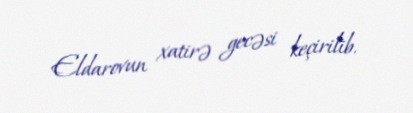
Eldarovun xatirə gecəsi keçirilib.